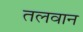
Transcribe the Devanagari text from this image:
तलवान